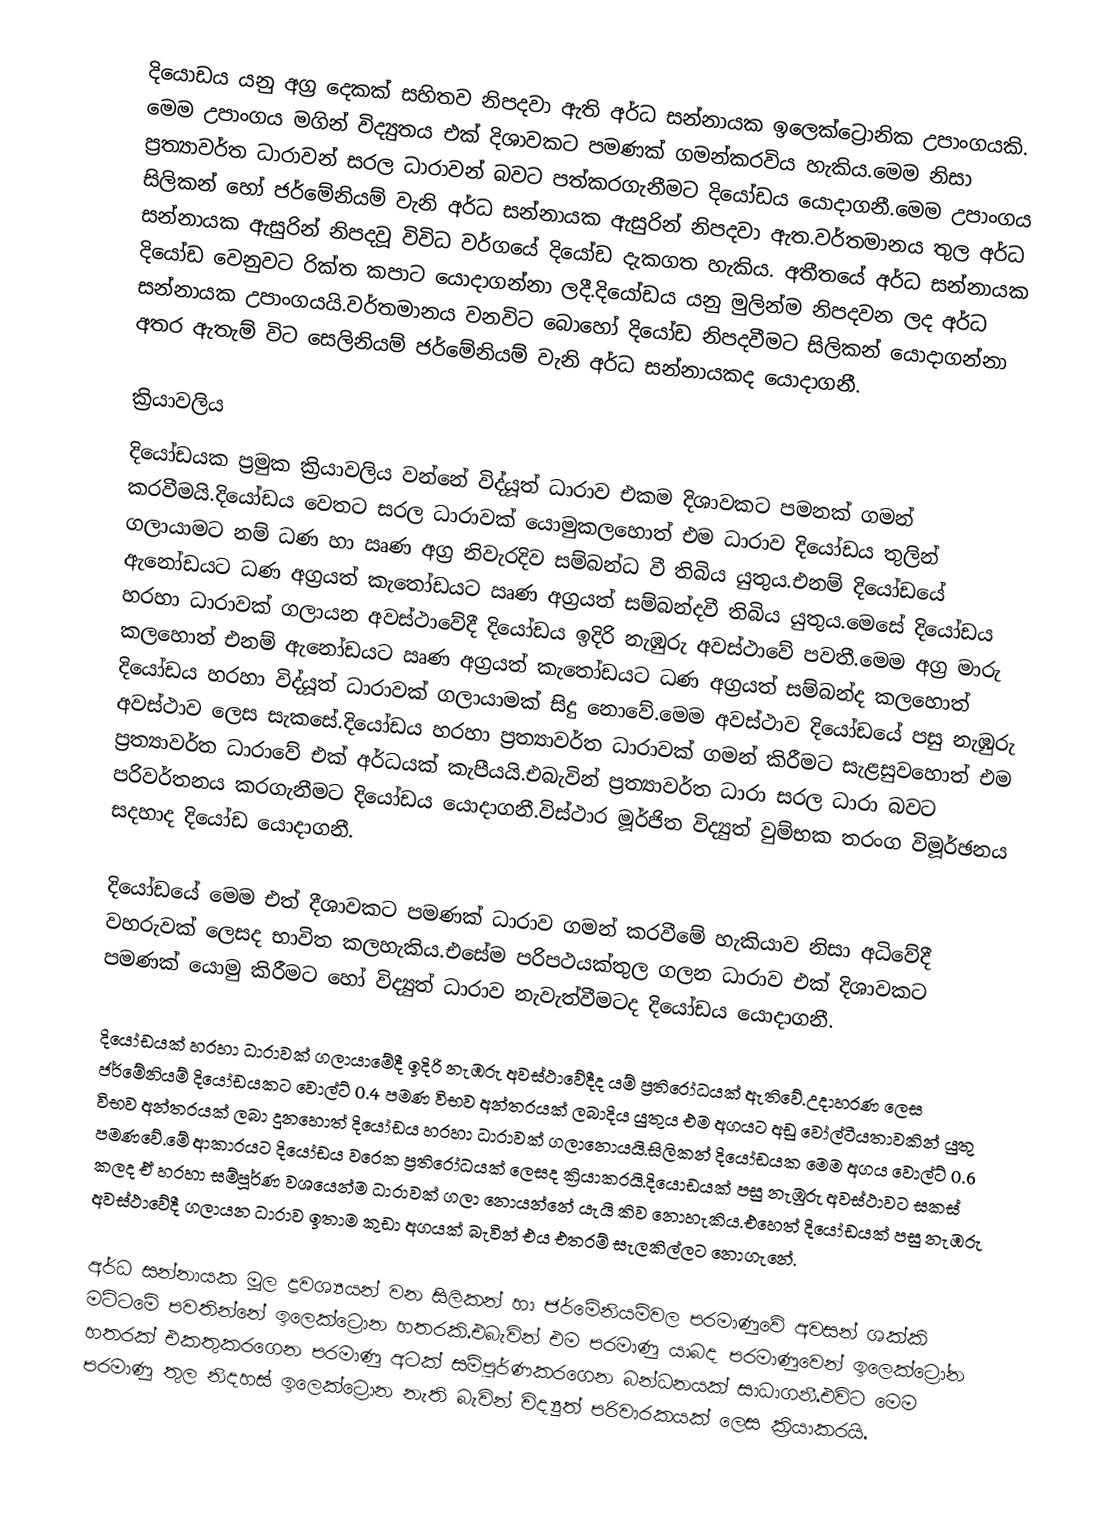
දියොඩය යනු අග්‍ර දෙකක් සහිතව නිපදවා ඇති අර්ධ සන්නායක ඉලෙක්ට්‍රොනික උපාංගයකි. මෙම උපාංගය මගින් විද්‍යුතය එක් දිශාවකට පමණක් ගමන්කරවිය හැකිය.මෙම නිසා ප්‍රත්‍යාවර්ත ධාරාවන් සරල ධාරාවන් බවට පත්කරගැනීමට දියෝඩය යොදාගනී.මෙම උපාංගය සිලිකන් හෝ ජර්මේනියම් වැනි අර්ධ සන්නායක ඇසුරින් නිපදවා ඇත.වර්තමානය තුල අර්ධ සන්නායක ඇසුරින් නිපදවූ විවිධ වර්ගයේ දියෝඩ දැකගත හැකිය. අතීතයේ අර්ධ සන්නායක දියෝඩ වෙනුවට රික්ත කපාට යොදාගන්නා ලදී.දියෝඩය යනු මුලින්ම නිපදවන ලද අර්ධ සන්නායක උපාංගයයි.වර්තමානය වනවිට බොහෝ දියෝඩ නිපදවීමට සිලිකන් යොදාගන්නා අතර ඇතැම් විට සෙලිනියම් ජර්මේනියම් වැනි අර්ධ සන්නායකද යොදාගනී.

ක්‍රියාවලිය
දියෝඩයක ප්‍රමුක ක්‍රියාවලිය වන්නේ විද්යූත් ධාරාව එකම දිශාවකට පමනක් ගමන් කරවීමයි.දියෝඩය වෙතට සරල ධාරාවක් යොමුකලහොත් එම ධාරාව දියෝඩය තුලින් ගලායාමට නම්  ධණ හා ඍණ අග්‍ර නිවැරදිව සම්බන්ධ වී තිබිය යුතුය.එනම් දියෝඩයේ ඇනෝඩයට ධණ අග්‍රයත් කැතෝඩයට ඍණ අග්‍රයත් සම්බන්දවී තිබිය යුතුය.මෙසේ දියෝඩය හරහා ධාරාවක් ගලායන අවස්ථාවේදී දියෝඩය ඉදිරි නැඹුරු අවස්ථාවේ පවතී.මෙම අග්‍ර මාරු කලහොත් එනම් ඇනෝඩයට ඍණ අග්‍රයත් කැතෝඩයට ධණ අග්‍රයත් සම්බන්ද කලහොත් දියෝඩය හරහා විද්යූත් ධාරාවක් ගලායාමක් සිදු නොවේ.මෙම අවස්ථාව දියෝඩයේ පසු නැඹුරු අවස්ථාව ලෙස සැකසේ.දියෝඩය හරහා ප්‍රත්‍යාවර්ත ධාරාවක් ගමන් කිරීමට සැළසුවහොත් එම ප්‍රත්‍යාවර්ත ධාරාවේ එක් අර්ධයක් කැපීයයි.එබැවින් ප්‍රත්‍යාවර්ත ධාරා සරල ධාරා බවට පරිවර්තනය කරගැනීමට දියෝඩය යොදාගනී.විස්ථාර මූර්ජිත විද්‍යුත් වුම්භක තරංග විමූර්ඡනය සදහාද දියෝඩ යොදාගනී.

දියෝඩයේ මෙම එත් දීශාවකට පමණක් ධාරාව ගමන් කරවීමේ හැකියාව නිසා අධිවේදී වහරුවක් ලෙසද භාවිත කලහැකිය.එසේම පරිපථයක්තුල ගලන ධාරාව එක් දිශාවකට පමණක් යොමු කිරීමට හෝ විද්‍යුත් ධාරාව නැවැත්වීමටද දියෝඩය යොදාගනී.

දියෝඩයක් හරහා ධාරාවක් ගලායාමේදී ඉදිරි නැඹරු අවස්ථාවේදීද යම් ප්‍රතිරෝධයක් ඇතිවේ.උදාහරණ ලෙස ජර්මේනියම් දියෝඩයකට වොල්ට් 0.4 පමණ විභව අන්තරයක් ලබාදිය යුතුය එම අගයට අඩු වෝල්ටීයතාවකින් යුතු විභව අන්තරයක් ලබා දුනහොත් දියෝඩය හරහා ධාරාවක් ගලානොයයි.සිලිකන් දියෝඩයක මෙම අගය වොල්ට් 0.6 පමණවේ.මේ ආකාරයට දියෝඩය වරෙක ප්‍රතිරෝධයක් ලෙසද ක්‍රියාකරයි.දියොඩයක් පසු නැඹුරු අවස්ථාවට සකස් කලද ඒ හරහා සම්පූර්ණ වශයෙන්ම ධාරාවක් ගලා නොයන්නේ යැයි කිව නොහැකිය.එහෙත් දියෝඩයක් පසු නැඹරු අවස්ථාවේදී ගලායන ධාරාව ඉතාම කුඩා අගයක් බැවින් එය එතරම් සැලකිල්ලට නොගැනේ.

අර්ධ සන්නායක මූල ද්‍රවශ්‍යයන් වන සිලිකන් හා ජර්මේනියම්වල පරමාණුවේ අවසන් ශක්කි මට්ටමේ පවතින්නේ ඉලෙක්ට්‍රොන හතරකි.එබැවින් එම පරමාණු යාබද පරමාණුවෙන් ඉලෙක්ට්‍රෝන හතරක් එකතුකරගෙන පරමාණු අටක් සම්පූර්ණකරගෙන බන්ධනයක් සාධාගනී.එවිට මෙම පරමාණු තුල නිදහස් ඉලෙක්ට්‍රොන නැති බැවින් විද්‍යුත් පරිවාරකයක් ලෙස ක්‍රියාකරයි.